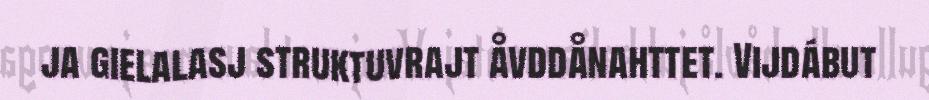
ja gielalasj struktuvrajt åvddånahttet. Vijdábut